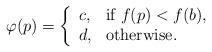
LaTeX: \begin{align*}\varphi(p)=\left\{\begin{array}{ll}c, &\mbox{if $f(p)<f(b)$},\\d, &\mbox{otherwise}.\end{array}\right.\end{align*}